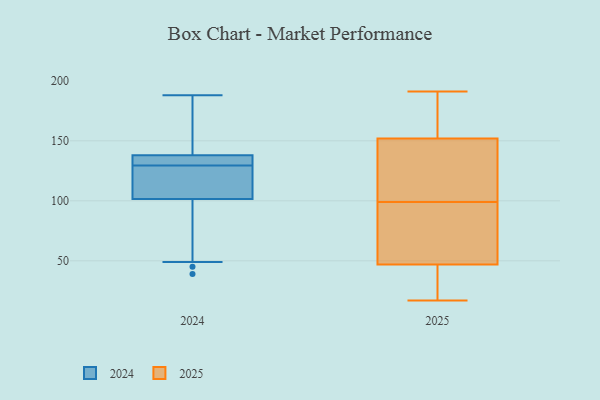
{"axis": {"x": "Gross Profit (USD K)", "y": "Value"}, "legend": ["2024", "2025"], "data": [{"x": "", "y": 33, "type": "2025"}, {"x": "", "y": 143, "type": "2025"}, {"x": "", "y": 39, "type": "2025"}, {"x": "", "y": 156, "type": "2025"}, {"x": "", "y": 88, "type": "2025"}, {"x": "", "y": 191, "type": "2025"}, {"x": "", "y": 110, "type": "2025"}, {"x": "", "y": 160, "type": "2025"}, {"x": "", "y": 126, "type": "2025"}, {"x": "", "y": 74, "type": "2025"}, {"x": "", "y": 141, "type": "2025"}, {"x": "", "y": 31, "type": "2025"}, {"x": "", "y": 47, "type": "2025"}, {"x": "", "y": 17, "type": "2025"}, {"x": "", "y": 186, "type": "2025"}, {"x": "", "y": 152, "type": "2025"}, {"x": "", "y": 76, "type": "2025"}, {"x": "", "y": 53, "type": "2025"}, {"x": "", "y": 134, "type": "2024"}, {"x": "", "y": 139, "type": "2024"}, {"x": "", "y": 137, "type": "2024"}, {"x": "", "y": 45, "type": "2024"}, {"x": "", "y": 188, "type": "2024"}, {"x": "", "y": 171, "type": "2024"}, {"x": "", "y": 136, "type": "2024"}, {"x": "", "y": 95, "type": "2024"}, {"x": "", "y": 118, "type": "2024"}, {"x": "", "y": 108, "type": "2024"}, {"x": "", "y": 134, "type": "2024"}, {"x": "", "y": 39, "type": "2024"}, {"x": "", "y": 124, "type": "2024"}, {"x": "", "y": 172, "type": "2024"}, {"x": "", "y": 49, "type": "2024"}, {"x": "", "y": 125, "type": "2024"}]}